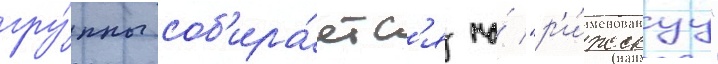
гру́ппы соб'ира́етс'я на́ "р'и́жскуу"